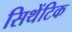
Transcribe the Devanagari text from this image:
सिथेंटिक